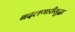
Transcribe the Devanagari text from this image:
बदलणारीसुद्धा